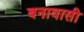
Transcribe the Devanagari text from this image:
बनावासी